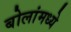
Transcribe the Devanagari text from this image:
बोलांमध्ये